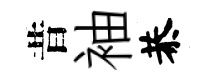
昔袖恭